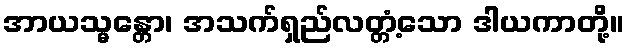
အာယသ္မန္တော၊ အသက်ရှည်လတ္တံ့သော ဒါယကာတို့။